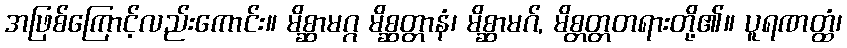
အဖြစ်ကြောင့်လည်းကောင်း။ မိစ္ဆာမဂ္ဂ မိစ္ဆတ္တာနံ၊ မိစ္ဆာမဂ်, မိစ္တတ္တတရားတို့၏။ ပူရဏတ္ထံ၊